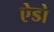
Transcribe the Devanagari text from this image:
ऐडो